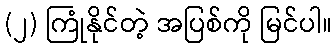
(၂) ကြုံနိုင်တဲ့ အပြစ်ကို မြင်ပါ။